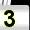
Digit: 3